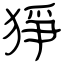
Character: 猙